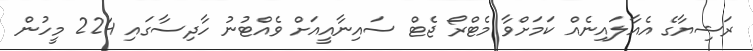
ރަޝިޔާގެ އެއާލައިނެއް ކަމަށްވާ މެޓްރޯ ޖެޓް ސައިނާއީއަށް ވެއްޓުނު ހާދިސާގައި 224 މީހުން